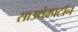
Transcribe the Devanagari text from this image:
साउथेम्पटॉन